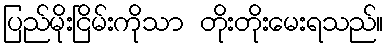
ပြည်မိုးငြိမ်းကိုသာ တိုးတိုးမေးရသည်။